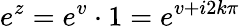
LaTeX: e^{z}=e^{v}\cdot 1=e^{v+i2k\pi}